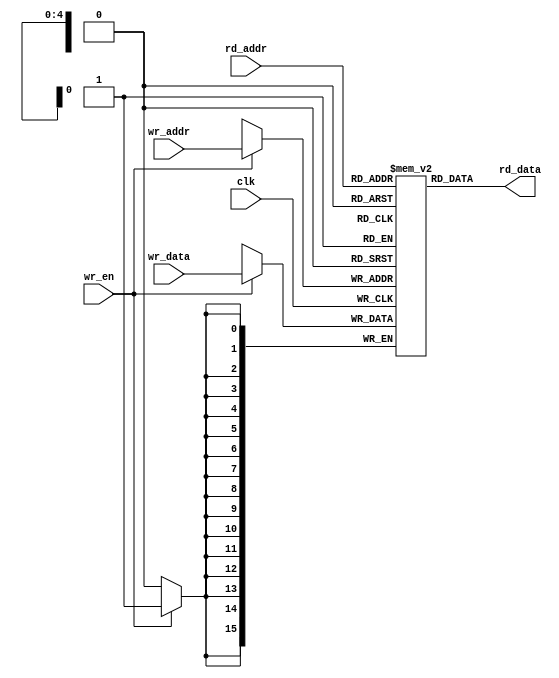
module RegisterFile #(
  parameter AWIDTH = 5,
  parameter DWIDTH = 16
)(
  input wire clk,
  input wire wr_en,
  input wire [AWIDTH-1:0] wr_addr,
  input wire [AWIDTH-1:0] rd_addr,
  input wire [DWIDTH-1:0] wr_data,
  output wire [DWIDTH-1:0] rd_data
);
  reg [DWIDTH-1:0] reg_file [0:2**AWIDTH-1];

  always @(posedge clk) begin
    if (wr_en) begin
      reg_file[wr_addr] <= wr_data;
    end
  end

  assign rd_data = reg_file[rd_addr];
  
endmodule